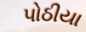
પોઠીયા